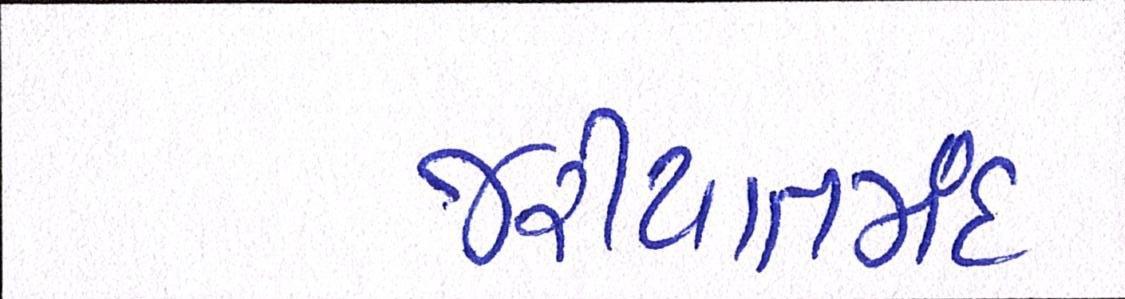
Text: જરીયાતમંદ